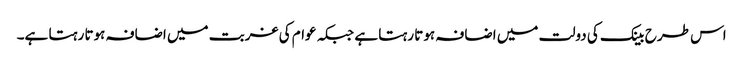
اس طرح بینک کی دولت میں اضافہ ہوتا رہتا ہے جبکہ عوام کی غربت میں اضافہ ہوتا رہتا ہے۔